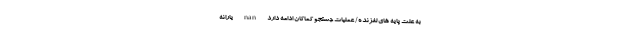
به علت پایه های لغزنده/ عملیات جستجو کماکان ادامه دارد nan یارانه